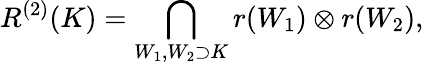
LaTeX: R^{(2)}(K)=\bigcap_{W_{1},W_{2}\supset K}r(W_{1})\otimes r(W_{2}),